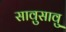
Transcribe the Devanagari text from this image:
सावुसावु